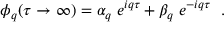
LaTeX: \phi _ { q } ( \tau \rightarrow \infty ) = \alpha _ { q } \; e ^ { i q \tau } + \beta _ { q } \; e ^ { - i q \tau } \; \; .